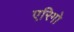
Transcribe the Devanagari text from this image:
एरिगो